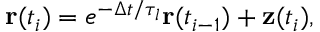
\mathbf { r } ( t _ { i } ) = e ^ { - \Delta t / \tau _ { l } } \mathbf { r } ( t _ { i - 1 } ) + \mathbf { z } ( t _ { i } ) ,